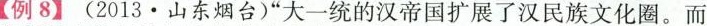
【例8】(2013·山东烟台)”大一统的汉帝国扩展了汉民族文化圈。而